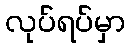
လုပ်ရပ်မှာ